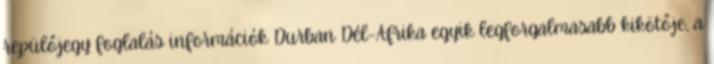
repülőjegy foglalás információk Durban Dél-Afrika egyik legforgalmasabb kikötője, a